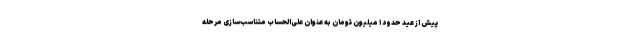
پیش از عید حدود ۱ میلیون تومان به عنوان علی‌الحساب متناسب‌سازی مرحله